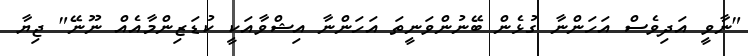
"ނާވީ އަދިވެސް އަހަންނާ ގުޅެން ބޭނުންވަނީތަ އަހަންނާ އިޝްވާއަކީ ކުޑަޒިންމާއެއް ނޫނޭ" ޖިޔާ